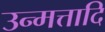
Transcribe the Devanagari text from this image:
उन्मत्तादि